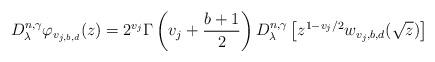
LaTeX: \begin{align*}D_{\lambda }^{n,\gamma }\varphi _{v_{j,b,d}}(z)=2^{v_{j}}\Gamma \left( v_{j}+\frac{b+1}{2}\right) D_{\lambda }^{n,\gamma }\left[z^{1-v_{j}/2}w_{v_{j},b,d}(\sqrt{z})\right] \end{align*}